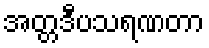
အတ္တဒီပသရဏတာ